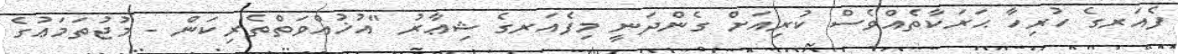
ފެއަރގެ ހުރިހާ ޙަރަކާތެއްވެސް ކުރިއަށް ގެންދަނީ މިފެއަރގެ ޝިޢާރު "އުޚުއްވަތްތެރިކަން - މުޖުތަމަޢުގެ